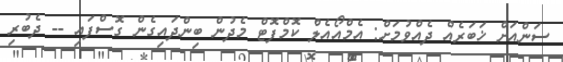
ސަންއަށް ޚަބަރެއް ދެއްވުމަށް: އެމްއޯއެލް ކޮމްފޮޓް މެދުން ބިންދައިގެން ގޮސްފައި -- ދެބުރި